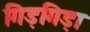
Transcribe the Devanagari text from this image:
गिड़गिड़ा